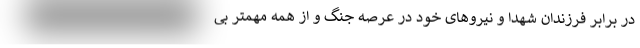
در برابر فرزندان شهدا و نیروهای خود در عرصه جنگ و از همه مهمتر بی